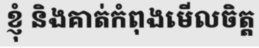
ខ្ញុំ និងគាត់កំពុងមើលចិត្ត